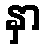
နှာ